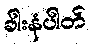
ခါးနံပါတ်